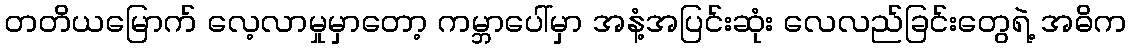
တတိယမြောက် လေ့လာမှုမှာတော့ ကမ္ဘာပေါ်မှာ အနံ့အပြင်းဆုံး လေလည်ခြင်းတွေရဲ့ အဓိက